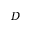
D